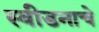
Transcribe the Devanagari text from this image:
स्वीडनाचे